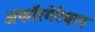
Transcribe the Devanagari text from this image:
अंफॉरगेटेबल